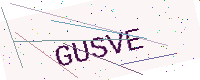
Text: GUSVE